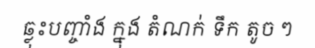
ឆ្លុះបញ្ចាំង ក្នុង តំណក់ ទឹក តូច ៗ